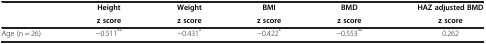
<table><thead><tr><td rowspan="2"><b> </b></td><td><b>Height</b></td><td><b>Weight</b></td><td><b>BMI</b></td><td><b>BMD</b></td><td><b>HAZ adjusted BMD</b></td></tr><tr><td><b>z score</b></td><td><b>z score</b></td><td><b>z score</b></td><td><b>z score</b></td><td><b>z score</b></td></tr></thead><tbody><tr><td>Age (n = 26)</td><td>−0.511<sup>**</sup></td><td>−0.431<sup>*</sup></td><td>−0.422<sup>*</sup></td><td>−0.553<sup>**</sup></td><td>0.262</td></tr></tbody></table>